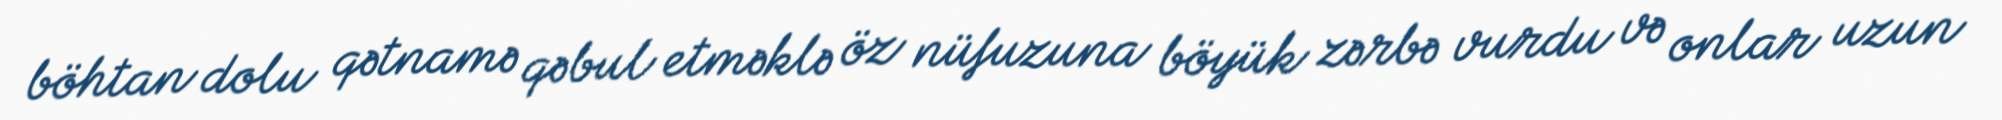
böhtan dolu qətnamə qəbul etməklə öz nüfuzuna böyük zərbə vurdu və onlar uzun